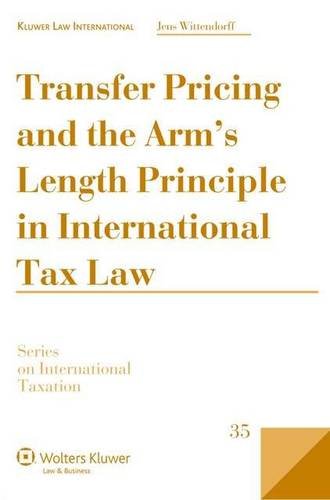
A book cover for Transfer Pricing Arms Length Principle International Tax Law (Series on International Taxation) (Series in International Taxation); Jens Wittendorf; Law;